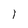
Character: 1